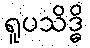
ရူပသိဒ္ဓိ